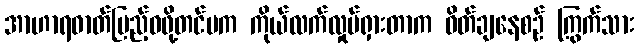
အာဟာရဓာတ်ပြည့်ဝဖို့တင်မက ကိုယ်လက်လှုပ်ရှားတာက ဝိတ်ချနေစဉ် ကြွက်သား